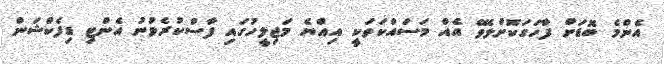
އެންމެ ބޮޑަށް ފާހަގަކޮށްލެވޭ އެއް މަސައްކަތަކީ އިއްޔެ މަޖިލީހުގައި ފާސްކުރެވުނު އެންޓި ޑިފެކްޝަން